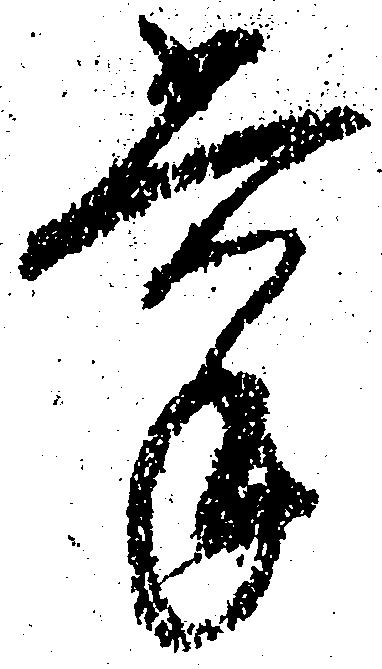
掌